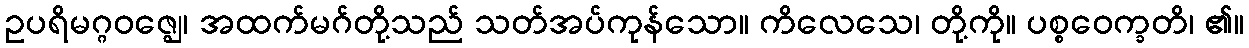
ဥပရိမဂ္ဂဝဇ္ဈေ၊ အထက်မဂ်တို့သည် သတ်အပ်ကုန်သော။ ကိလေသေ၊ တို့ကို။ ပစ္စဝေက္ခတိ၊ ၏။